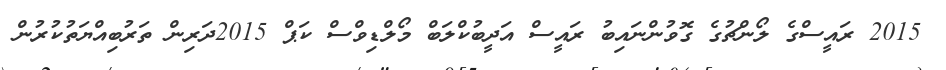
2015 ރައީސްގެ ލޯންޗުގެ ގޮވުންނައިބު ރައީސް އަދީބުކްލަބް މޯލްޑިވްސް ކަޕް 2015ދަރިން ތަރުބިއްޔަތުކުރުން